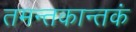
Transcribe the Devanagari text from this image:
तमन्तकान्तकं